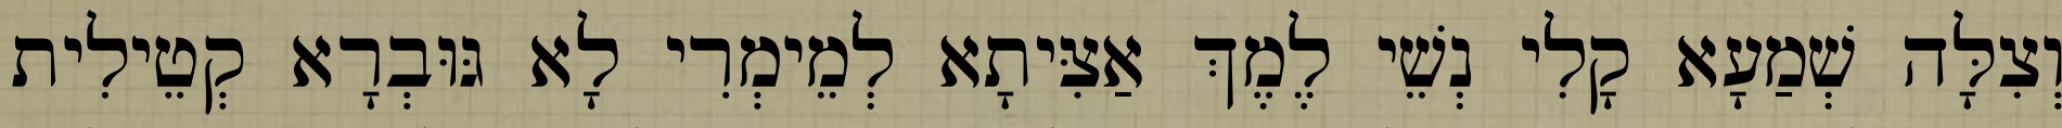
וְצִלָּה שְׁמַעָא קָלִי נְשֵׁי לֶמֶךְ אַצִּיתָא לְמֵימְרִי לָא גּוּבְרָא קְטֵילִית